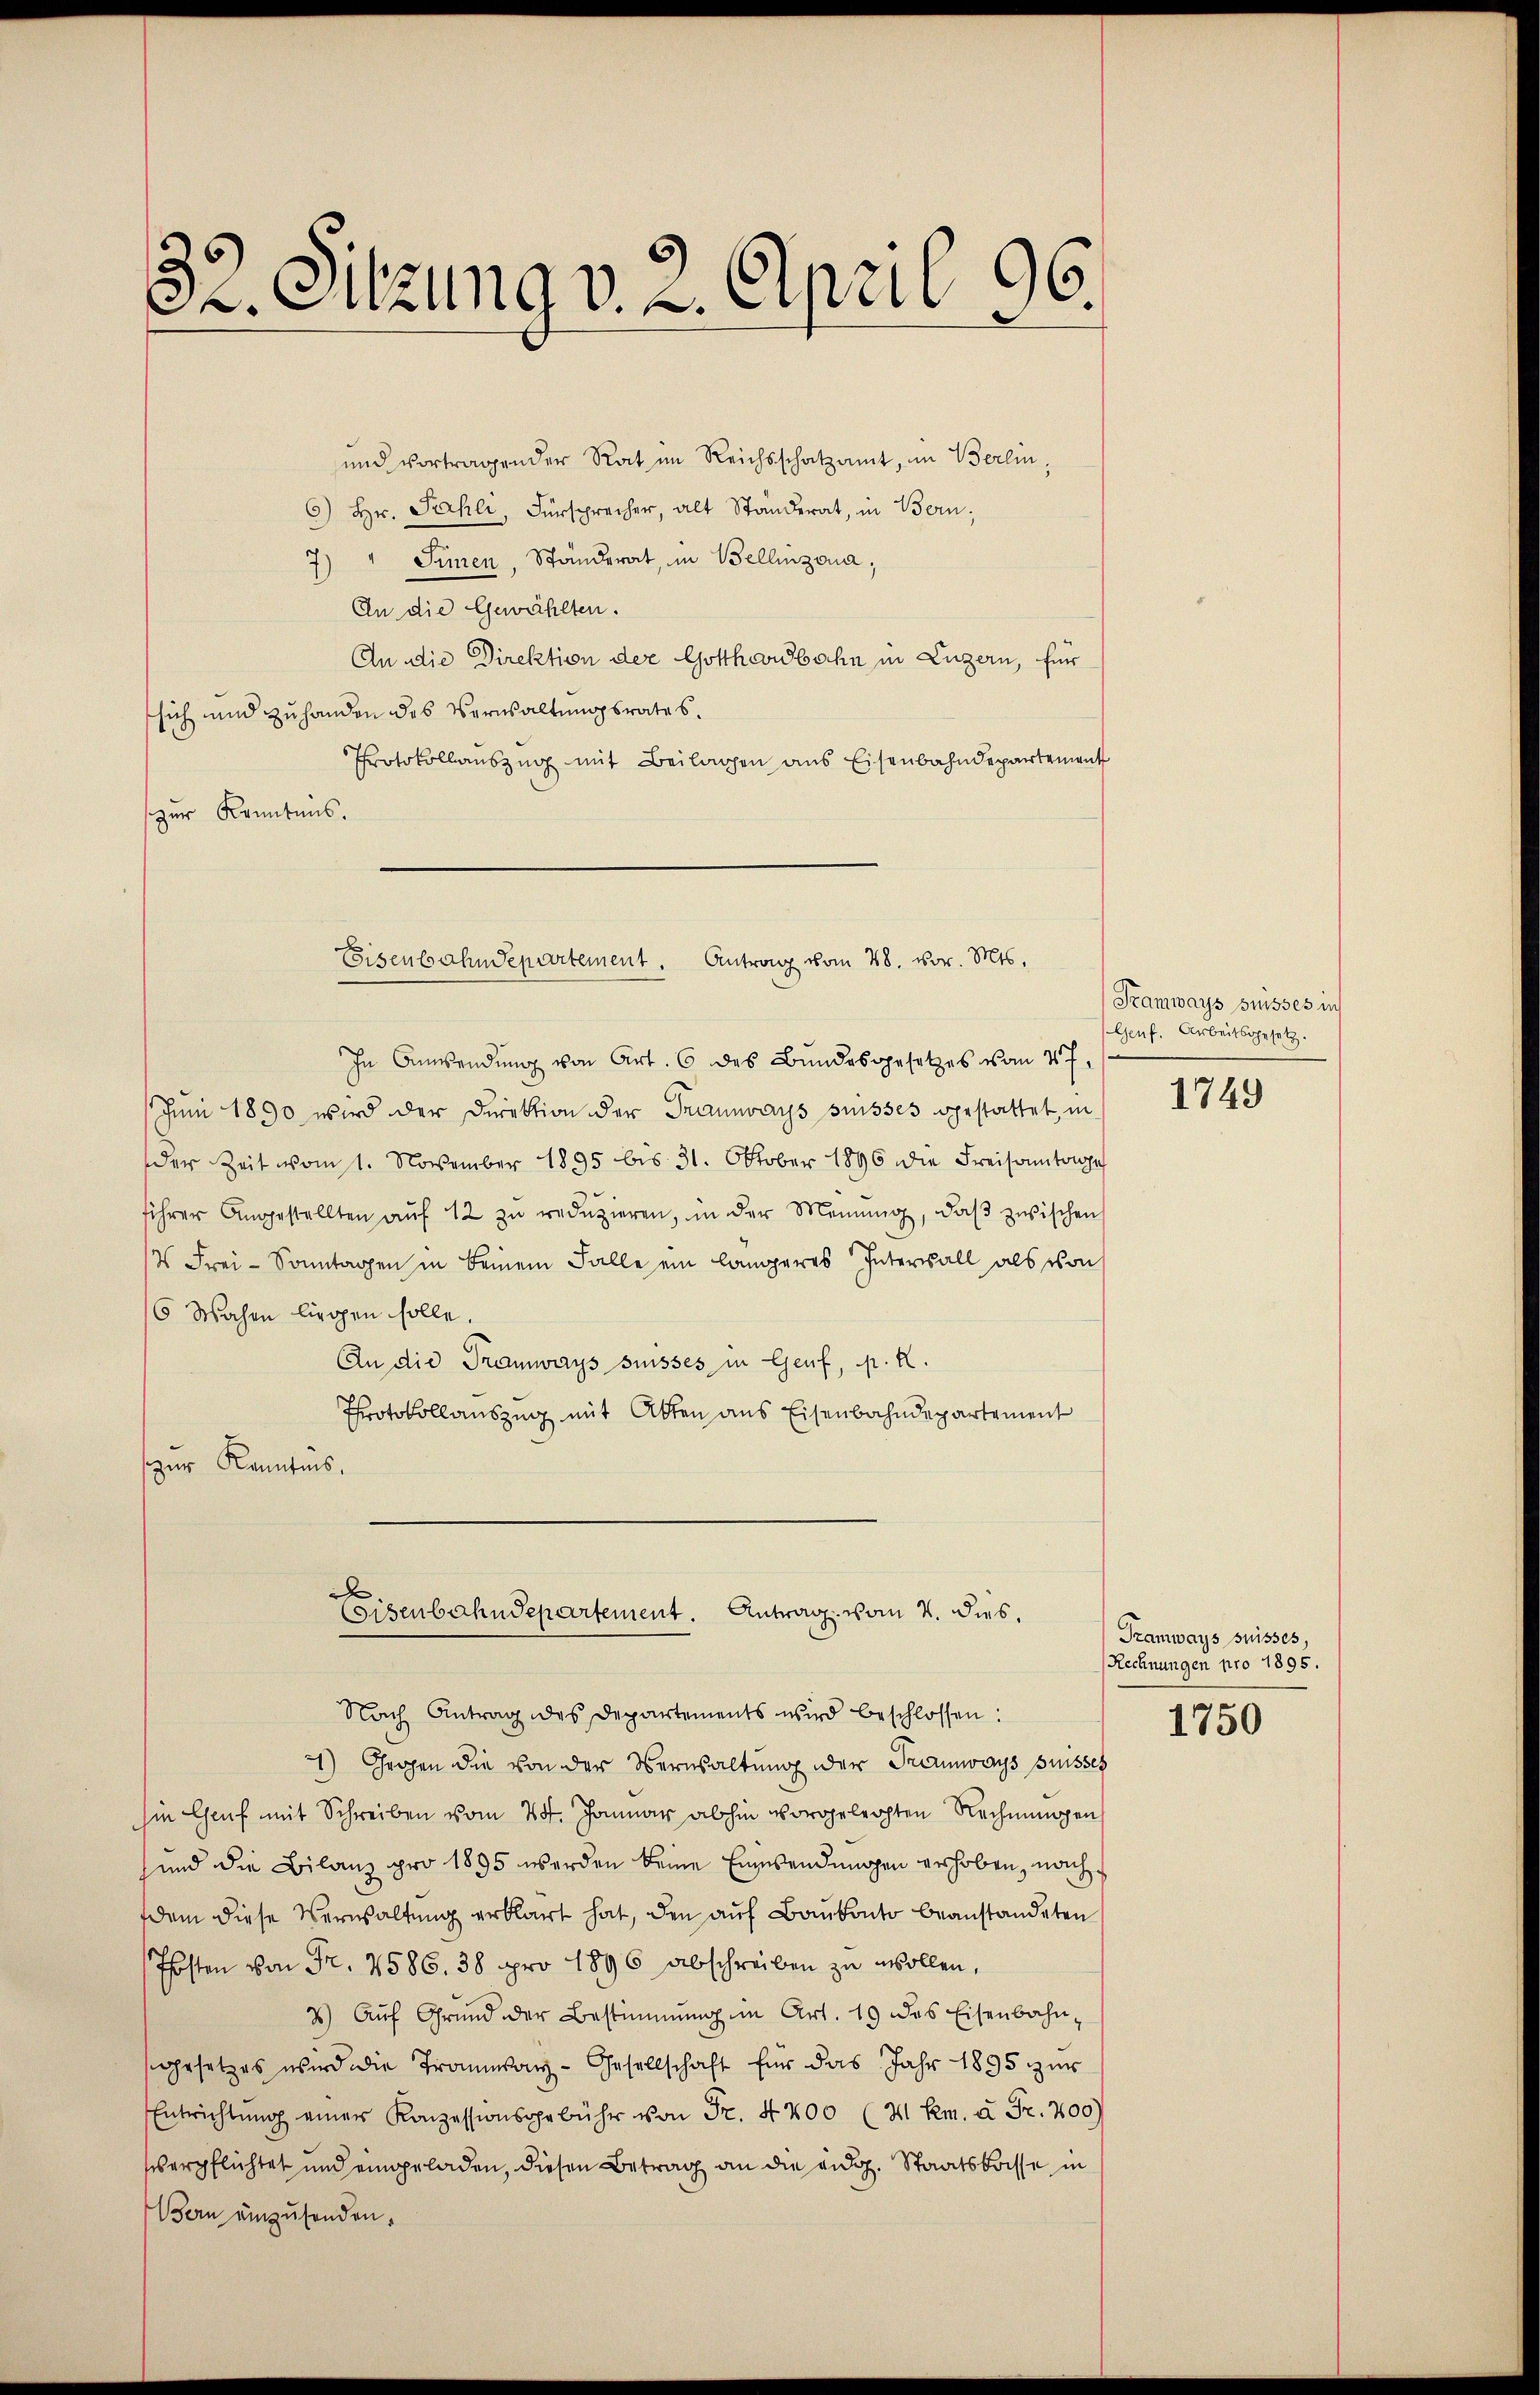
32. Sitzung v. 2. April 96.

und vortragender Rat im Reichsschatzamt, im Berlin,
6) Hr. Sahli, Fürsprecher, alt Ständerat, in Bern;
7) " Simen, Ständerat, in Bellinzona,
An die Gewählten.
An die Direktion der Gotthardbahn in Luzern, für
sich und zuhanden des Verwaltungsrates.
Protokollauszug mit Beilagen aus Eisenbahndepartement
zur Kenntnis.
In Anwendung von Art. 6 des Bundesgesetzes vom 27.
Juni 1890 wird der Direktion der Traunvays suisses gestattet, in
der Zeit vom 1. November 1895 bis 31. Oktober 1896 die Freisamtange
ihrer Angestellten aŭf 12 zu redŭzieren, in der Meinung, daβ zwischen
2 Frei-Sonntagen in keinem Falle ein längeres Interwall als von
6 Wochen liegen solle.
An die Tramways suisses in Genf, p. K.
Protokollauszug mit Atten aus Eisenbahndepartement
zur Kenntnis,
x
Eisenbahndepartement. Antrag vom 4. dies.
Nach Antrag des Departements wird beschlossen:
2) Gegen die von der Verwaltung der Tramways puisses
in Genf mit Schreiben vom 24. Januar abhin vorgeleihten Rechnungen
und die Bilanz pro 1895 werden keine Einwendungen erhoben, nach
dem diese Verwaltŭng erklärt hat, den auf Baukonto beanstandeten
Posten von Fr. 2586. 38 pro 1896 abschreiben zu wollen,
7. Aŭf Grŭnd der Bestimmung im Art. 19 des Eisenbahn-
sgesetzes wird die Tramway-Gesellschaft für das Jahr 1895 zur
Entrichtŭng einer Konzessionsgebühr von Fr. 4400 (21 Rm. à Fr. 200)
verpflichtet und eingeladen, diesen Betrag an die eidg. Staatskasse in
Bern einzusenden.

Eisenbahndepartement. Antrag vom 28. vor. Mts.

Samways suisses in
Genf. Arbeitsgesetz.

1749

Kamways suisses,
Rechnungen pro 1895.

1750